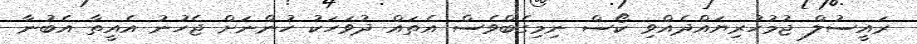
ރައީސުލް ޖުމުހުރިޔައްދެއްވި ކޯސް ނިމިގެބްވެސް އެތައް ދުވަހަކު ހުންނަށް ޖެހުނު އެއީތާ އެބުނާ